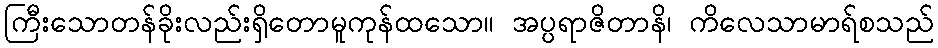
ကြီးသောတန်ခိုးလည်းရှိတောမူကုန်ထသော။ အပ္ပရာဇိတာနိ၊ ကိလေသာမာရ်စသည်